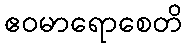
ဧဝမာရောစေတိ